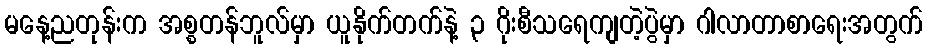
မနေ့ညတုန်းက အစ္စတန်ဘူလ်မှာ ယူနိုက်တက်နဲ့ ၃ ဂိုးစီသရေကျတဲ့ပွဲမှာ ဂါလာတာစာရေးအတွက်